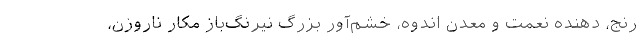
رنج، ‌دهنده نعمت و معدنِ اندوه، خشم‌آور بزرگِ نيرنگ‌بازِ مكارِ ناروزن،